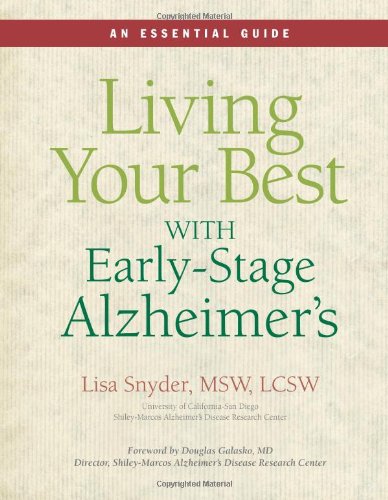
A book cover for Living Your Best With Early-Stage Alzheimer's: An Essential Guide; Lisa Snyder; Health, Fitness & Dieting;